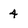
Character: 4